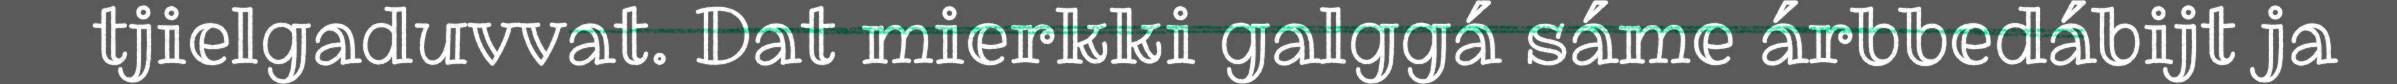
tjielgaduvvat. Dat mierkki galggá sáme árbbedábijt ja